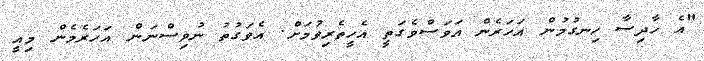
"އެ ހާދިސާ ހިނގުމުން އަހަރެން އަވަސްވެގަތީ އެހީތެރިވުމަށް. އެވަގުތު ނުވިސްނަން އަހަރެމެން މިއީ